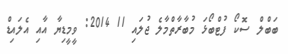
ބަބްލް ސޮކޯ ފުޓްބޯޅަ މުބާރާތްމާލެ ޖުލައި 11 2014: ވީމީޑިޔާ އާއި އެލައިޑް